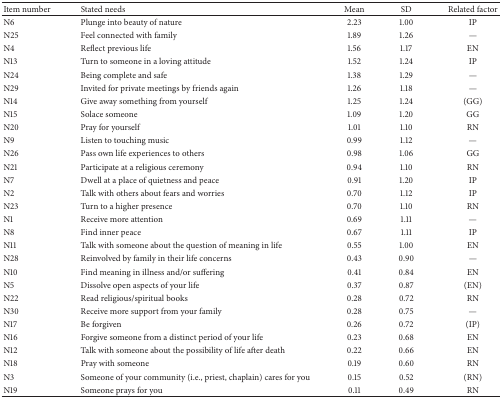
<table><thead><tr><td><b>Item number</b></td><td><b>Stated needs</b></td><td><b>Mean</b></td><td><b>SD</b></td><td><b>Related factor</b></td></tr></thead><tbody><tr><td>N6</td><td>Plunge into beauty of nature</td><td>2.23</td><td>1.00</td><td>IP</td></tr><tr><td>N25</td><td>Feel connected with family</td><td>1.89</td><td>1.26</td><td>—</td></tr><tr><td>N4</td><td>Reflect previous life</td><td>1.56</td><td>1.17</td><td>EN</td></tr><tr><td>N13</td><td>Turn to someone in a loving attitude</td><td>1.52</td><td>1.24</td><td>IP</td></tr><tr><td>N24</td><td>Being complete and safe</td><td>1.38</td><td>1.29</td><td>—</td></tr><tr><td>N29</td><td>Invited for private meetings by friends again</td><td>1.26</td><td>1.18</td><td>—</td></tr><tr><td>N14</td><td>Give away something from yourself</td><td>1.25</td><td>1.24</td><td>(GG)</td></tr><tr><td>N15</td><td>Solace someone</td><td>1.09</td><td>1.20</td><td>GG</td></tr><tr><td>N20</td><td>Pray for yourself</td><td>1.01</td><td>1.10</td><td>RN</td></tr><tr><td>N9</td><td>Listen to touching music</td><td>0.99</td><td>1.12</td><td>—</td></tr><tr><td>N26</td><td>Pass own life experiences to others</td><td>0.98</td><td>1.06</td><td>GG</td></tr><tr><td>N21</td><td>Participate at a religious ceremony</td><td>0.94</td><td>1.10</td><td>RN</td></tr><tr><td>N7</td><td>Dwell at a place of quietness and peace</td><td>0.91</td><td>1.20</td><td>IP</td></tr><tr><td>N2</td><td>Talk with others about fears and worries</td><td>0.70</td><td>1.12</td><td>IP</td></tr><tr><td>N23</td><td>Turn to a higher presence</td><td>0.70</td><td>1.10</td><td>RN</td></tr><tr><td>N1</td><td>Receive more attention</td><td>0.69</td><td>1.11</td><td>—</td></tr><tr><td>N8</td><td>Find inner peace</td><td>0.67</td><td>1.11</td><td>IP</td></tr><tr><td>N11</td><td>Talk with someone about the question of meaning in life</td><td>0.55</td><td>1.00</td><td>EN</td></tr><tr><td>N28</td><td>Reinvolved by family in their life concerns</td><td>0.43</td><td>0.90</td><td>—</td></tr><tr><td>N10</td><td>Find meaning in illness and/or suffering</td><td>0.41</td><td>0.84</td><td>EN</td></tr><tr><td>N5</td><td>Dissolve open aspects of your life</td><td>0.37</td><td>0.87</td><td>(EN)</td></tr><tr><td>N22</td><td>Read religious/spiritual books</td><td>0.28</td><td>0.72</td><td>RN</td></tr><tr><td>N30</td><td>Receive more support from your family</td><td>0.28</td><td>0.75</td><td>—</td></tr><tr><td>N17</td><td>Be forgiven</td><td>0.26</td><td>0.72</td><td>(IP)</td></tr><tr><td>N16</td><td>Forgive someone from a distinct period of your life</td><td>0.23</td><td>0.68</td><td>EN</td></tr><tr><td>N12</td><td>Talk with someone about the possibility of life after death</td><td>0.22</td><td>0.66</td><td>EN</td></tr><tr><td>N18</td><td>Pray with someone</td><td>0.19</td><td>0.60</td><td>RN</td></tr><tr><td>N3</td><td>Someone of your community (i.e., priest, chaplain) cares for you</td><td>0.15</td><td>0.52</td><td>(RN)</td></tr><tr><td>N19</td><td>Someone prays for you</td><td>0.11</td><td>0.49</td><td>RN</td></tr></tbody></table>